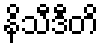
နိသီဒီတိ